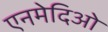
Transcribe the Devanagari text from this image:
एनमेदिओ